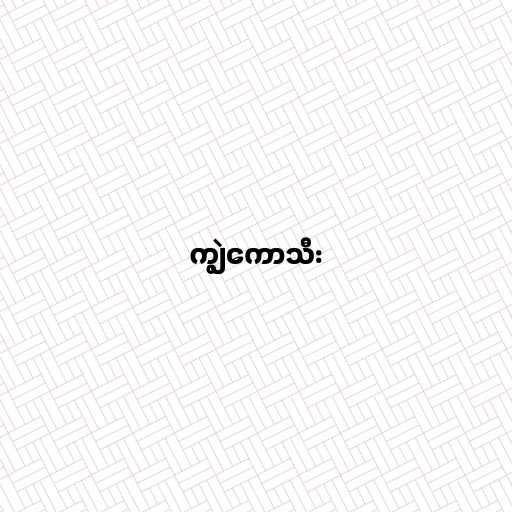
ကျွဲကောသီး